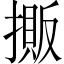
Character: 𢴔